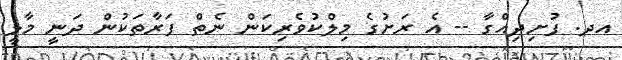
އދ. ފުށިދިއްގާ -- އެ ރަށުގެ މިލްކުވެރިކަން ނެތް ފަރާތަކުން ދަނީ މާލީ